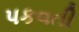
પકવતી